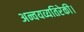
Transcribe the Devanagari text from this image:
अन्वयव्यतिरेकी।